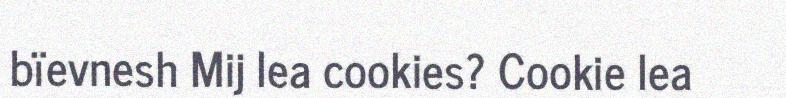
bïevnesh Mij lea cookies? Cookie lea